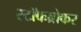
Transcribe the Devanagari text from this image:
स्‍टॉकब्रोकर